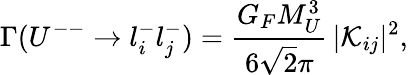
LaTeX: \Gamma(U^{--}\to l_{i}^{-}l_{j}^{-})=\frac{G_{F}M_{U}^{3}}{6\sqrt 2\pi}\, \vert{\cal K}_{ij}\vert^{2},